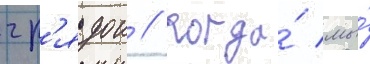
гр'ядои // Когда́ мы́